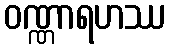
ဝဏ္ဏာရဟဿ